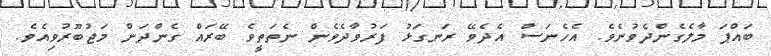
ބައްޕަ މާލެގެންދެވުނެވެ. އެހެނަސް އެދެވޭ ރަނގަޅު ފަރުވާދެވެން ނެތަތީވެ ބޭރައް ގެންދަން މަޖުބޫރުވިއެވެ.